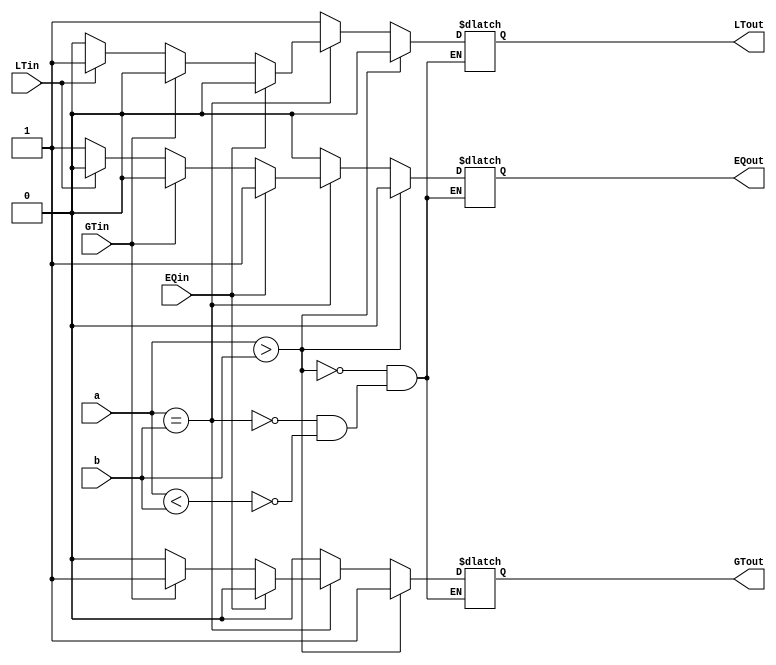
`timescale 1ns / 1ps
//////////////////////////////////////////////////////////////////////////////////
// Company: 
// Engineer: 
// 
// Design Name: 
// Module Name: HW3_Q4_comp4bit
// Project Name: 
// Target Devices: 
// Tool Versions: 
// Description: 
// 
// Dependencies: 
// 
// Revision:
// Revision 0.01 - File Created
// Additional Comments:
// 
//////////////////////////////////////////////////////////////////////////////////


module HW3_Q4_comp4bit(
    input [3:0]a, 
    input [3:0]b,
    input EQin,
    input GTin,
    input LTin,
    output reg EQout,
    output reg GTout,
    output reg LTout
    );

always @(a,b,EQin,GTin,LTin)begin
    if(a > b)begin
        GTout <= 1;
        EQout <= 0;
        LTout <= 0;
    end
    else if (a == b) begin
        if(EQin) begin
            GTout <= 0;
            EQout <= 1;
            LTout <= 0;
        end
        else if(GTin) begin
            GTout <= 1;
            EQout <= 0;
            LTout <= 0;
        end
        else if(LTin)begin
            GTout <= 0;
            EQout <= 0;
            LTout <= 1;
        end
    else begin
        EQout <= 1;
        GTout <= 0;
        LTout <= 0;
    end
    
    end
    else if(a < b)begin
        GTout <= 0;
        EQout <= 0;
        LTout <= 1;
    end
        end
endmodule

module HW3_Q4_comp4bit_tb();
reg [3:0]a = 0, b = 0;
reg EQin = 0, GTin = 0, LTin = 0;
wire EQout, GTout, LTout;
HW3_Q4_comp4bit dut2(a,b,EQin,GTin,LTin,EQout,GTout,LTout);


initial begin
    a = 5;
    b = 3;
    #10
    a = 12;
    b = 12;
    #10
    a = 11;
    b = 14;
    #10
    a = 7;
    b = 7;
    GTin = 1;
    #10
    a = 7;
    b = 7;
    GTin = 0;
    LTin = 1;
    #10
    a = 7;
    b = 7;
    LTin = 0;
    EQin = 1;
    #10;
    
end

endmodule

module comp8bit(
input [7:0]a, 
input [7:0]b,
input EQin,
input GTin,
input LTin,
output reg EQout,
output reg GTout,
output reg LTout
);

always @(a,b,EQin,GTin,LTin)begin
    if(a > b)begin
        GTout <= 1;
        EQout <= 0;
        LTout <= 0;       
    end
    else if (a == b) begin
        if(EQin) begin
            GTout <= 0;
            EQout <= 1;
            LTout <= 0;
        end
        else if(GTin) begin
            GTout <= 1;
            EQout <= 0;
            LTout <= 0;
        end
        else if(LTin)begin
            GTout <= 0;
            EQout <= 0;
            LTout <= 1;
        end
    else begin
        EQout <= 1;
        GTout <= 0;
        LTout <= 0;
    end
    
    end
    else if(a < b)begin
        GTout <= 0;
        EQout <= 0;
        LTout <= 1;
    end
        end

endmodule

module comp8bit_tb();
reg [7:0]a = 0, b = 0;
reg EQin = 0, GTin = 0, LTin = 0;
wire EQout, GTout, LTout;
comp8bit dut3(a,b,EQin,GTin,LTin,EQout,GTout,LTout);
initial begin
    a = 5;
    b = 3;
    #10
    a = 12;
    b = 12;
    #10
    a = 11;
    b = 14;
    #10
    a = 7;
    b = 7;
    GTin = 1;
    #10
    a = 7;
    b = 7;
    GTin = 0;
    LTin = 1;
    #10
    a = 7;
    b = 7;
    LTin = 0;
    EQin = 1;
    #10
    EQin = 0;
    a = 25;
    b = 20;
    #10
    a = 30;
    b = 30;
    #10
    a = 22;
    b = 32;
    #10
    a = 20;
    b = 20;
    GTin = 1;
    #10
    a = 20;
    b = 20;
    GTin = 0;
    LTin = 1;
    #10
    a = 20;
    b = 20;
    LTin = 0;
    EQin = 1;
    #10;    
end
    
endmodule